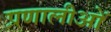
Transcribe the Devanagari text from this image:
प्रणालीओं